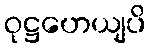
ဝုဋ္ဌဟေယျပိ